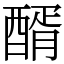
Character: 醑